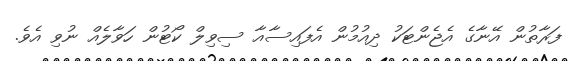
ފަރާތުން އޭނާގެ އެޖެންޓަކު ދިއުމުން އެފައިސާއާ ސިވިލް ކޯޓުން ހަވާލެއް ނުވި އެވެ.